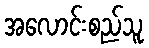
အလောင်းစည်သူ